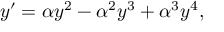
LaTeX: y ^ { \prime } = \alpha y ^ { 2 } - \alpha ^ { 2 } y ^ { 3 } + \alpha ^ { 3 } y ^ { 4 } ,